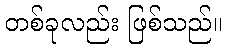
တစ်ခုလည်း ဖြစ်သည်။